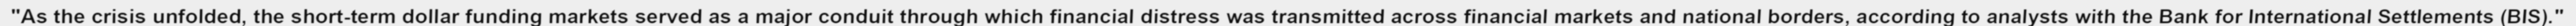
"As the crisis unfolded, the short-term dollar funding markets served as a major conduit through which financial distress was transmitted across financial markets and national borders, according to analysts with the Bank for International Settlements (BIS)."